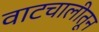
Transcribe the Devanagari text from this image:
वाटचालीतून